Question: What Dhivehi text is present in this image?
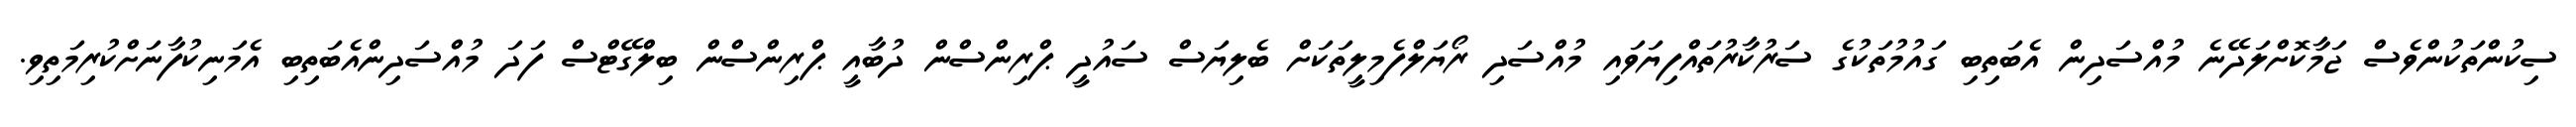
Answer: ސިކުންތަކުންވެސް ޖަމާކޮށްލަދޭނެ މުއްސަދިން އެބަތިބި ގައުމުތަކުގެ ސަރުކާރުތައްފިޔަވައި މުއްސަދި ރޯޔަލްފެމިލީތަކަށް ބެލިޔަސް ސައުދީ ޕްރިންސްން ދުބާއީ ޕްރިންސްން ބިލްގޭޓްސް ފަދަ މުއްސަދިންއެބަތިބި އެމަނިކުފާނަށްކުރިމަތިވި.